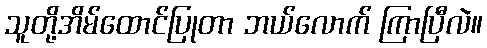
သူတို့အိမ်ထောင်ပြုတာ ဘယ်လောက် ကြာပြီလဲ။